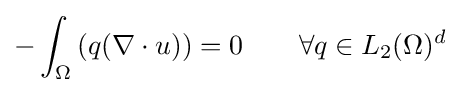
-\int _{\Omega }\left(q(\nabla \cdot u)\right)=0\qquad \forall q\in L_{2}(\Omega )^{d}